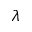
\lambda